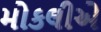
મોકલીએ